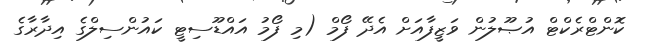
ކޮންޓްރެކްޓް އުޞޫލުން ވަޒީފާއަށް އެދޭ ފޯމް (މި ފޯމު އައްޑޫސިޓީ ކައުންސިލްގެ އިދާރާގެ